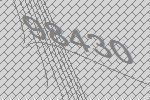
98430